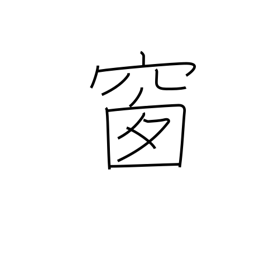
Meaning: pane